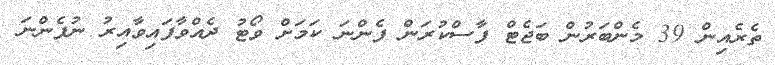
ތެރެއިން 39 މެންބަރުން ބަޖެޓް ފާސްކުރަން ފެންނަ ކަމަށް ވޯޓު ދެއްވާފައިވާއިރު ނުފެންނަ